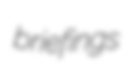
briefings